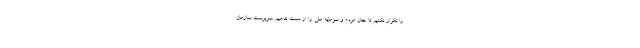
را تکرار نکنیم تا جان مردم و سرمایه ملی را از دست ندهیم. سرپرست سازمان